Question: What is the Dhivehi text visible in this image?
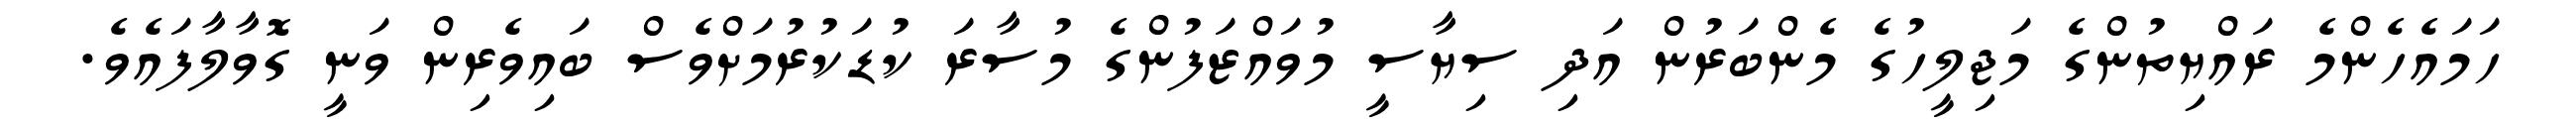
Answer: ހަމައެހެންމެ ރައްޔިތުންގެ މަޖިލީހުގެ މެންބަރުން އަދި ސިޔާސީ މުވައްޒަފުންގެ މުސާރަ ކުޑަކުރުމަށްވެސް ބައިވެރިން ވަނީ ގޮވާލާފައެވެ.